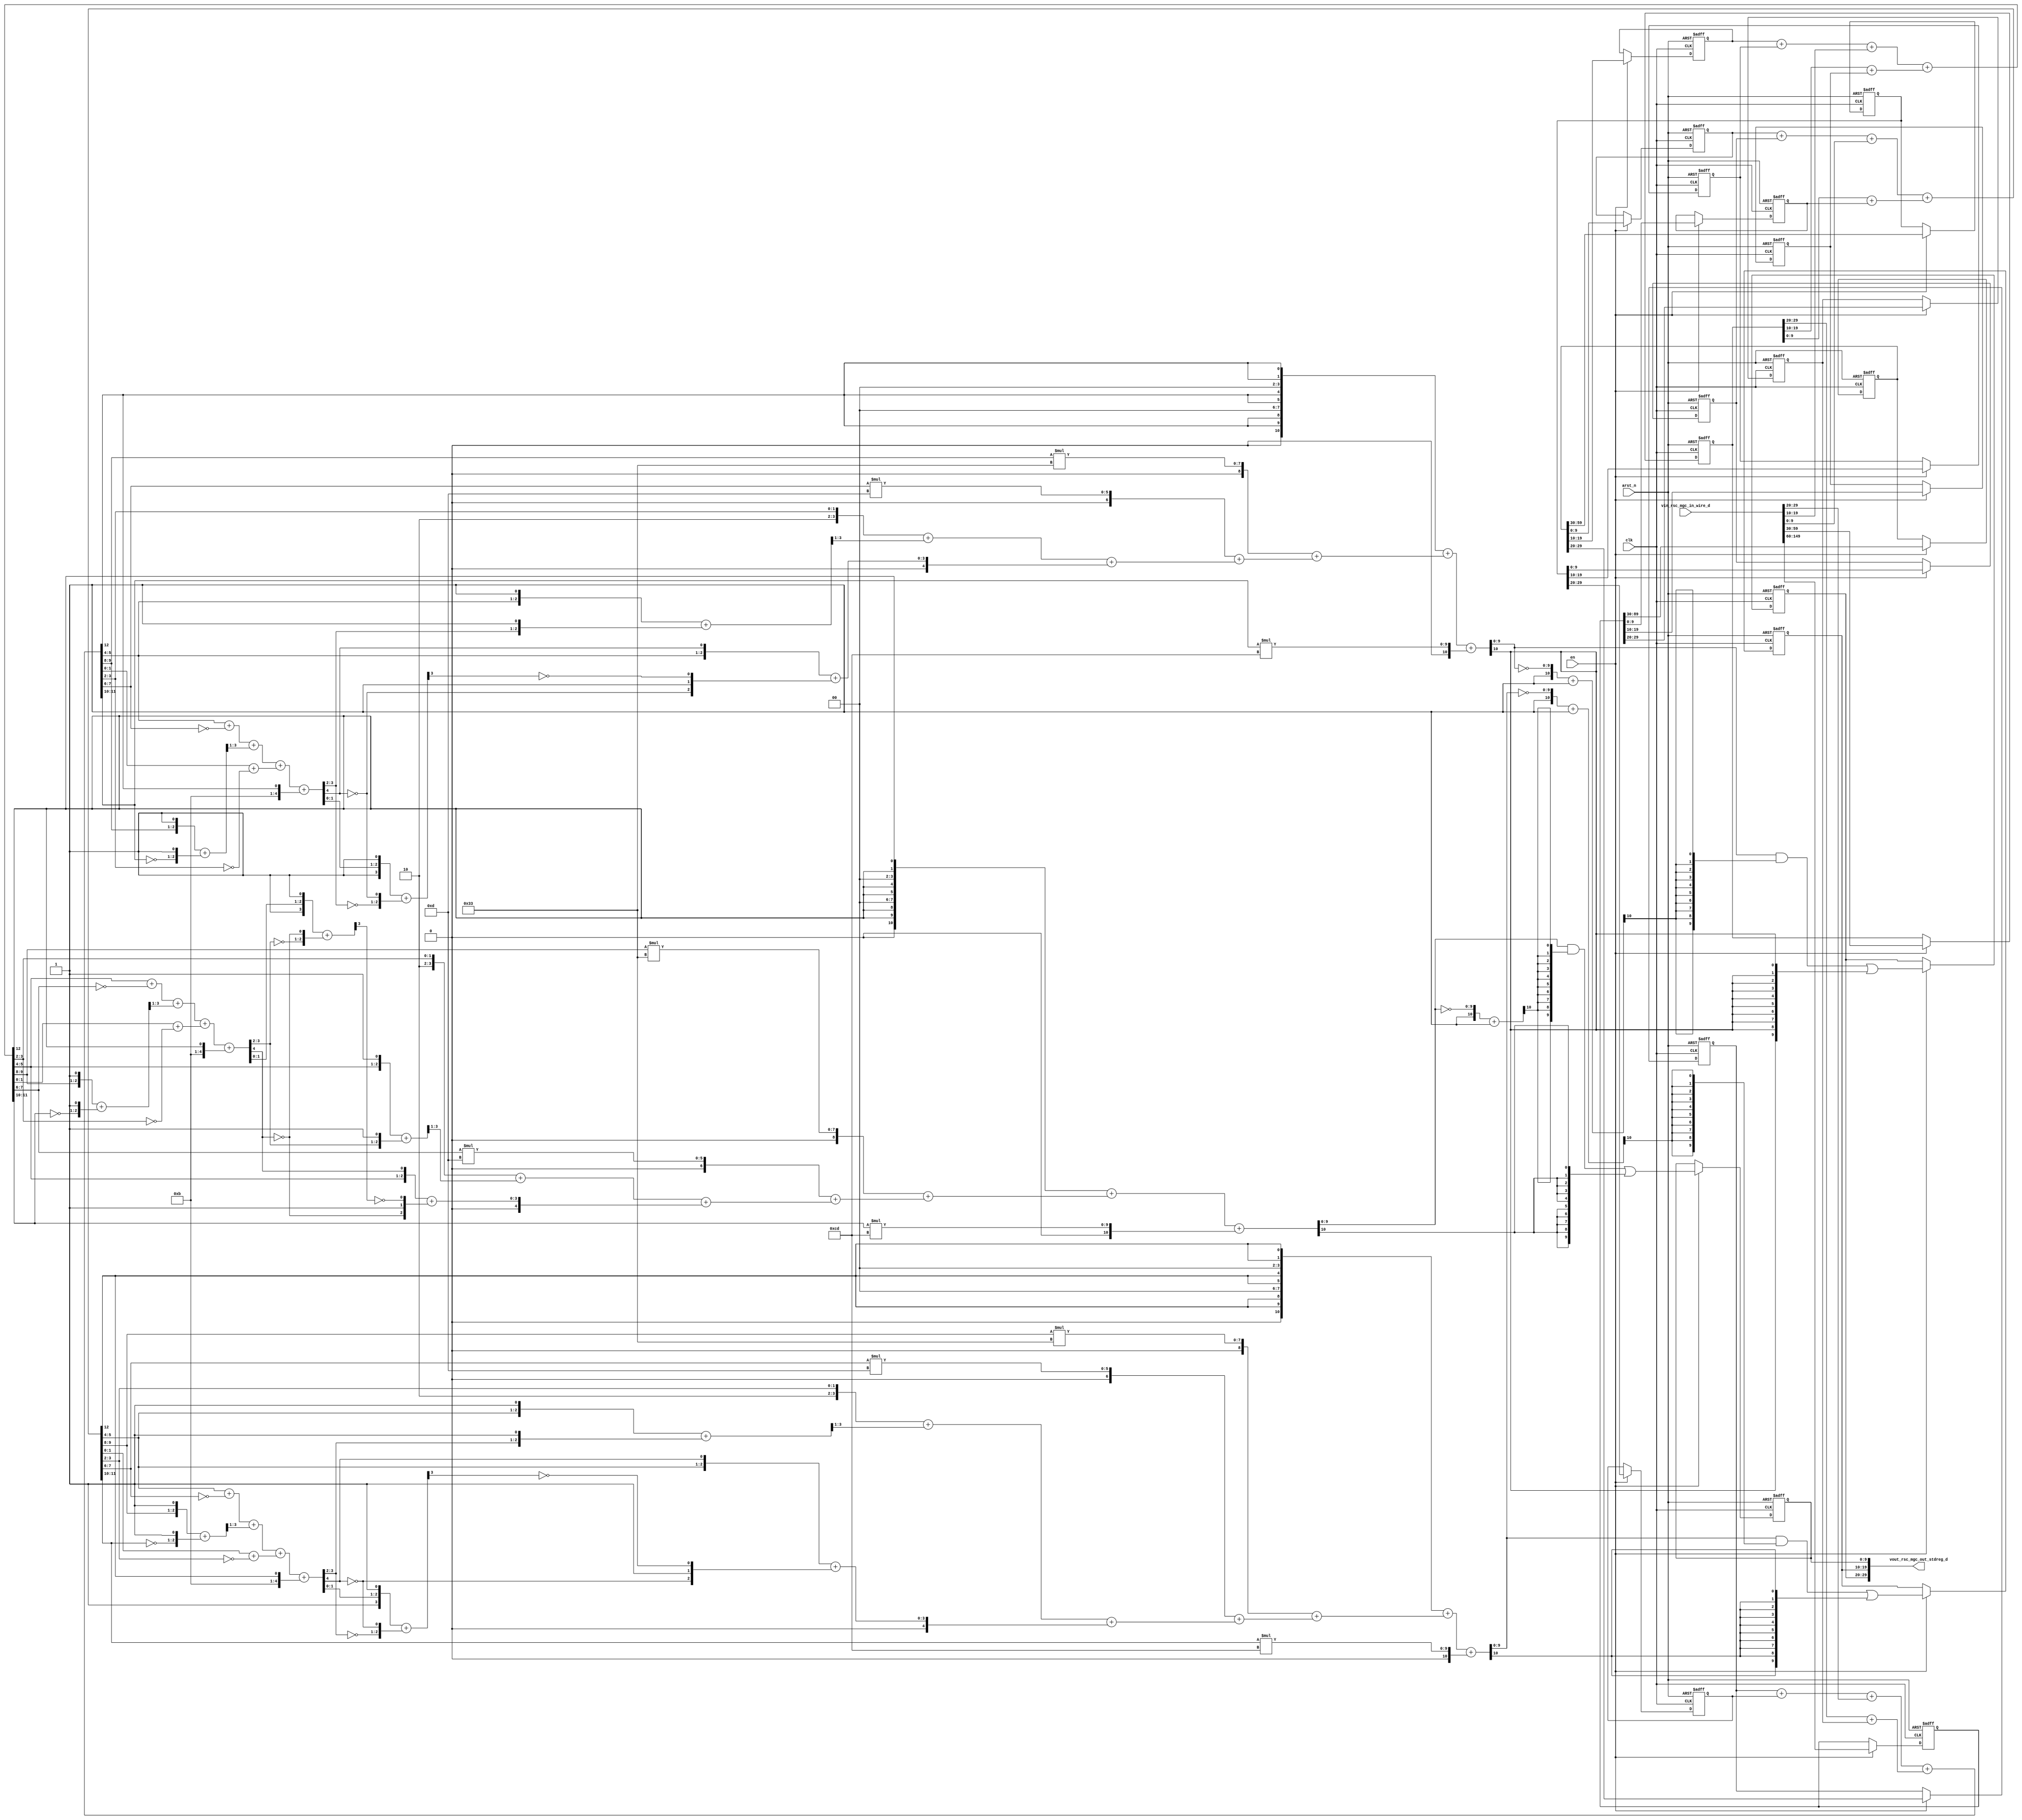
module motion_blur_core (
  clk, en, arst_n, vin_rsc_mgc_in_wire_d, vout_rsc_mgc_out_stdreg_d
);
  input clk;
  input en;
  input arst_n;
  input [149:0] vin_rsc_mgc_in_wire_d;
  output [29:0] vout_rsc_mgc_out_stdreg_d;


  // Interconnect Declarations
  reg [9:0] regs_regs_slc_regs_regs_2_sg1_4_itm;
  reg [9:0] regs_regs_slc_regs_regs_3_sg1_4_itm;
  reg [9:0] regs_regs_slc_regs_regs_1_sg1_4_itm;
  reg [9:0] regs_regs_slc_regs_regs_2_sg1_5_itm;
  reg [9:0] regs_regs_slc_regs_regs_3_sg1_5_itm;
  reg [9:0] regs_regs_slc_regs_regs_1_sg1_5_itm;
  reg [9:0] regs_regs_slc_regs_regs_2_sg1_6_itm;
  reg [9:0] regs_regs_slc_regs_regs_3_sg1_3_itm;
  reg [9:0] regs_regs_slc_regs_regs_1_sg1_6_itm;
  reg [59:0] regs_regs_2_sg1_sva_sg1;
  reg [89:0] regs_regs_1_sg1_sva_sg1;
  reg [29:0] regs_regs_3_sg1_sva_sg1;
  wire [4:0] acc_imod_4_sva;
  wire [6:0] nl_acc_imod_4_sva;
  wire [4:0] acc_imod_2_sva;
  wire [6:0] nl_acc_imod_2_sva;
  wire [4:0] acc_imod_sva;
  wire [6:0] nl_acc_imod_sva;
  wire [12:0] ACC2_5_acc_2_psp_sva;
  wire [13:0] nl_ACC2_5_acc_2_psp_sva;
  wire [12:0] ACC2_5_acc_3_psp_sva;
  wire [13:0] nl_ACC2_5_acc_3_psp_sva;
  wire [12:0] ACC2_5_acc_1_psp_sva;
  wire [13:0] nl_ACC2_5_acc_1_psp_sva;
  reg [9:0] reg_vout_rsc_mgc_out_stdreg_d_tmp;
  reg [9:0] reg_vout_rsc_mgc_out_stdreg_d_tmp_1;
  reg [9:0] reg_vout_rsc_mgc_out_stdreg_d_tmp_2;
  reg [29:0] reg_regs_regs_0_sva_sg1_tmp_90;
  wire [10:0] FRAME_acc_2_psp_2_sva;
  wire [12:0] nl_FRAME_acc_2_psp_2_sva;
  wire [10:0] FRAME_acc_4_psp_2_sva;
  wire [12:0] nl_FRAME_acc_4_psp_2_sva;
  wire [10:0] FRAME_acc_3_psp_2_sva;
  wire [12:0] nl_FRAME_acc_3_psp_2_sva;


  // Interconnect Declarations for Component Instantiations 
  assign vout_rsc_mgc_out_stdreg_d = {reg_vout_rsc_mgc_out_stdreg_d_tmp , reg_vout_rsc_mgc_out_stdreg_d_tmp_1
      , reg_vout_rsc_mgc_out_stdreg_d_tmp_2};
  assign nl_FRAME_acc_2_psp_2_sva = (conv_u2s_10_11(signext_10_9({(ACC2_5_acc_1_psp_sva[12])
      , 2'b0 , (signext_2_1(ACC2_5_acc_1_psp_sva[12])) , 2'b0 , (signext_2_1(ACC2_5_acc_1_psp_sva[12]))}))
      + conv_s2s_9_11(conv_u2s_8_10(conv_u2s_16_9(conv_u2u_2_8(ACC2_5_acc_1_psp_sva[9:8])
      * 8'b110011)) + conv_s2s_7_9(conv_u2s_6_8(conv_u2s_12_7(conv_u2u_2_6(ACC2_5_acc_1_psp_sva[7:6])
      * 6'b1101)) + conv_s2s_5_7(conv_s2s_4_5(({2'b10 , (ACC2_5_acc_1_psp_sva[3:2])})
      + conv_u2s_3_4(readslicef_4_3_1((conv_u2u_3_4({(ACC2_5_acc_1_psp_sva[5:4])
      , 1'b1}) + conv_u2u_3_4({(acc_imod_sva[3:2]) , 1'b1}))))) + conv_u2s_4_5(conv_u2u_3_4({(ACC2_5_acc_1_psp_sva[5:4])
      , (acc_imod_sva[4])}) + conv_u2u_3_4({(~ (acc_imod_sva[4])) , 1'b1 , (~ (readslicef_4_1_3((({1'b1
      , (acc_imod_sva[1:0]) , 1'b1}) + conv_u2s_3_4({(~ (acc_imod_sva[3:2])) , (~
      (acc_imod_sva[4]))})))))})))))) + conv_u2s_10_12(conv_u2s_20_11(conv_u2u_2_10(ACC2_5_acc_1_psp_sva[11:10])
      * 10'b11001101));
  assign FRAME_acc_2_psp_2_sva = nl_FRAME_acc_2_psp_2_sva[10:0];
  assign nl_FRAME_acc_4_psp_2_sva = (conv_u2s_10_11(signext_10_9({(ACC2_5_acc_2_psp_sva[12])
      , 2'b0 , (signext_2_1(ACC2_5_acc_2_psp_sva[12])) , 2'b0 , (signext_2_1(ACC2_5_acc_2_psp_sva[12]))}))
      + conv_s2s_9_11(conv_u2s_8_10(conv_u2s_16_9(conv_u2u_2_8(ACC2_5_acc_2_psp_sva[9:8])
      * 8'b110011)) + conv_s2s_7_9(conv_u2s_6_8(conv_u2s_12_7(conv_u2u_2_6(ACC2_5_acc_2_psp_sva[7:6])
      * 6'b1101)) + conv_s2s_5_7(conv_s2s_4_5(({2'b10 , (ACC2_5_acc_2_psp_sva[3:2])})
      + conv_u2s_3_4(readslicef_4_3_1((conv_u2u_3_4({(ACC2_5_acc_2_psp_sva[5:4])
      , 1'b1}) + conv_u2u_3_4({(acc_imod_4_sva[3:2]) , 1'b1}))))) + conv_u2s_4_5(conv_u2u_3_4({(ACC2_5_acc_2_psp_sva[5:4])
      , (acc_imod_4_sva[4])}) + conv_u2u_3_4({(~ (acc_imod_4_sva[4])) , 1'b1 , (~
      (readslicef_4_1_3((({1'b1 , (acc_imod_4_sva[1:0]) , 1'b1}) + conv_u2s_3_4({(~
      (acc_imod_4_sva[3:2])) , (~ (acc_imod_4_sva[4]))})))))})))))) + conv_u2s_10_12(conv_u2s_20_11(conv_u2u_2_10(ACC2_5_acc_2_psp_sva[11:10])
      * 10'b11001101));
  assign FRAME_acc_4_psp_2_sva = nl_FRAME_acc_4_psp_2_sva[10:0];
  assign nl_FRAME_acc_3_psp_2_sva = (conv_u2s_10_11(signext_10_9({(ACC2_5_acc_3_psp_sva[12])
      , 2'b0 , (signext_2_1(ACC2_5_acc_3_psp_sva[12])) , 2'b0 , (signext_2_1(ACC2_5_acc_3_psp_sva[12]))}))
      + conv_s2s_9_11(conv_u2s_8_10(conv_u2s_16_9(conv_u2u_2_8(ACC2_5_acc_3_psp_sva[9:8])
      * 8'b110011)) + conv_s2s_7_9(conv_u2s_6_8(conv_u2s_12_7(conv_u2u_2_6(ACC2_5_acc_3_psp_sva[7:6])
      * 6'b1101)) + conv_s2s_5_7(conv_s2s_4_5(({2'b10 , (ACC2_5_acc_3_psp_sva[3:2])})
      + conv_u2s_3_4(readslicef_4_3_1((conv_u2u_3_4({(ACC2_5_acc_3_psp_sva[5:4])
      , 1'b1}) + conv_u2u_3_4({(acc_imod_2_sva[3:2]) , 1'b1}))))) + conv_u2s_4_5(conv_u2u_3_4({(ACC2_5_acc_3_psp_sva[5:4])
      , (acc_imod_2_sva[4])}) + conv_u2u_3_4({(~ (acc_imod_2_sva[4])) , 1'b1 , (~
      (readslicef_4_1_3((({1'b1 , (acc_imod_2_sva[1:0]) , 1'b1}) + conv_u2s_3_4({(~
      (acc_imod_2_sva[3:2])) , (~ (acc_imod_2_sva[4]))})))))})))))) + conv_u2s_10_12(conv_u2s_20_11(conv_u2u_2_10(ACC2_5_acc_3_psp_sva[11:10])
      * 10'b11001101));
  assign FRAME_acc_3_psp_2_sva = nl_FRAME_acc_3_psp_2_sva[10:0];
  assign nl_ACC2_5_acc_2_psp_sva = conv_u2u_12_13(conv_u2u_11_12(conv_u2u_10_11(regs_regs_slc_regs_regs_2_sg1_5_itm)
      + conv_u2u_10_11(regs_regs_slc_regs_regs_3_sg1_5_itm)) + conv_u2u_10_12(vin_rsc_mgc_in_wire_d[19:10]))
      + conv_u2u_11_13(conv_u2u_10_11(reg_regs_regs_0_sva_sg1_tmp_90[19:10]) + conv_u2u_10_11(regs_regs_slc_regs_regs_1_sg1_5_itm));
  assign ACC2_5_acc_2_psp_sva = nl_ACC2_5_acc_2_psp_sva[12:0];
  assign nl_acc_imod_4_sva = (conv_u2u_4_5(conv_u2u_3_4(conv_u2u_2_3(ACC2_5_acc_2_psp_sva[5:4])
      + conv_u2u_2_3(~ (ACC2_5_acc_2_psp_sva[7:6]))) + conv_u2u_3_4(readslicef_4_3_1((conv_u2u_3_4({(ACC2_5_acc_2_psp_sva[9:8])
      , 1'b1}) + conv_u2u_3_4({(~ (ACC2_5_acc_2_psp_sva[11:10])) , 1'b1}))))) + conv_u2u_3_5(conv_u2u_2_3(ACC2_5_acc_2_psp_sva[1:0])
      + conv_u2u_2_3(~ (ACC2_5_acc_2_psp_sva[3:2])))) + ({4'b1011 , (ACC2_5_acc_2_psp_sva[12])});
  assign acc_imod_4_sva = nl_acc_imod_4_sva[4:0];
  assign nl_ACC2_5_acc_3_psp_sva = conv_u2u_12_13(conv_u2u_11_12(conv_u2u_10_11(regs_regs_slc_regs_regs_2_sg1_6_itm)
      + conv_u2u_10_11(regs_regs_slc_regs_regs_3_sg1_3_itm)) + conv_u2u_10_12(vin_rsc_mgc_in_wire_d[9:0]))
      + conv_u2u_11_13(conv_u2u_10_11(reg_regs_regs_0_sva_sg1_tmp_90[9:0]) + conv_u2u_10_11(regs_regs_slc_regs_regs_1_sg1_6_itm));
  assign ACC2_5_acc_3_psp_sva = nl_ACC2_5_acc_3_psp_sva[12:0];
  assign nl_acc_imod_2_sva = (conv_u2u_4_5(conv_u2u_3_4(conv_u2u_2_3(ACC2_5_acc_3_psp_sva[5:4])
      + conv_u2u_2_3(~ (ACC2_5_acc_3_psp_sva[7:6]))) + conv_u2u_3_4(readslicef_4_3_1((conv_u2u_3_4({(ACC2_5_acc_3_psp_sva[9:8])
      , 1'b1}) + conv_u2u_3_4({(~ (ACC2_5_acc_3_psp_sva[11:10])) , 1'b1}))))) + conv_u2u_3_5(conv_u2u_2_3(ACC2_5_acc_3_psp_sva[1:0])
      + conv_u2u_2_3(~ (ACC2_5_acc_3_psp_sva[3:2])))) + ({4'b1011 , (ACC2_5_acc_3_psp_sva[12])});
  assign acc_imod_2_sva = nl_acc_imod_2_sva[4:0];
  assign nl_ACC2_5_acc_1_psp_sva = conv_u2u_12_13(conv_u2u_11_12(conv_u2u_10_11(regs_regs_slc_regs_regs_2_sg1_4_itm)
      + conv_u2u_10_11(regs_regs_slc_regs_regs_3_sg1_4_itm)) + conv_u2u_10_12(vin_rsc_mgc_in_wire_d[29:20]))
      + conv_u2u_11_13(conv_u2u_10_11(reg_regs_regs_0_sva_sg1_tmp_90[29:20]) + conv_u2u_10_11(regs_regs_slc_regs_regs_1_sg1_4_itm));
  assign ACC2_5_acc_1_psp_sva = nl_ACC2_5_acc_1_psp_sva[12:0];
  assign nl_acc_imod_sva = (conv_u2u_4_5(conv_u2u_3_4(conv_u2u_2_3(ACC2_5_acc_1_psp_sva[5:4])
      + conv_u2u_2_3(~ (ACC2_5_acc_1_psp_sva[7:6]))) + conv_u2u_3_4(readslicef_4_3_1((conv_u2u_3_4({(ACC2_5_acc_1_psp_sva[9:8])
      , 1'b1}) + conv_u2u_3_4({(~ (ACC2_5_acc_1_psp_sva[11:10])) , 1'b1}))))) + conv_u2u_3_5(conv_u2u_2_3(ACC2_5_acc_1_psp_sva[1:0])
      + conv_u2u_2_3(~ (ACC2_5_acc_1_psp_sva[3:2])))) + ({4'b1011 , (ACC2_5_acc_1_psp_sva[12])});
  assign acc_imod_sva = nl_acc_imod_sva[4:0];
  always @(posedge clk or negedge arst_n) begin
    if ( ~ arst_n ) begin
      regs_regs_slc_regs_regs_2_sg1_6_itm <= 10'b0;
      regs_regs_slc_regs_regs_3_sg1_3_itm <= 10'b0;
      regs_regs_slc_regs_regs_1_sg1_6_itm <= 10'b0;
      regs_regs_slc_regs_regs_2_sg1_5_itm <= 10'b0;
      regs_regs_slc_regs_regs_3_sg1_5_itm <= 10'b0;
      regs_regs_slc_regs_regs_1_sg1_5_itm <= 10'b0;
      regs_regs_slc_regs_regs_2_sg1_4_itm <= 10'b0;
      regs_regs_slc_regs_regs_3_sg1_4_itm <= 10'b0;
      regs_regs_slc_regs_regs_1_sg1_4_itm <= 10'b0;
      regs_regs_1_sg1_sva_sg1 <= 90'b0;
      regs_regs_3_sg1_sva_sg1 <= 30'b0;
      regs_regs_2_sg1_sva_sg1 <= 60'b0;
      reg_vout_rsc_mgc_out_stdreg_d_tmp <= 10'b0;
      reg_vout_rsc_mgc_out_stdreg_d_tmp_1 <= 10'b0;
      reg_vout_rsc_mgc_out_stdreg_d_tmp_2 <= 10'b0;
      reg_regs_regs_0_sva_sg1_tmp_90 <= 30'b0;
    end
    else begin
      if ( en ) begin
        regs_regs_slc_regs_regs_2_sg1_6_itm <= regs_regs_2_sg1_sva_sg1[9:0];
        regs_regs_slc_regs_regs_3_sg1_3_itm <= regs_regs_3_sg1_sva_sg1[9:0];
        regs_regs_slc_regs_regs_1_sg1_6_itm <= regs_regs_1_sg1_sva_sg1[9:0];
        regs_regs_slc_regs_regs_2_sg1_5_itm <= regs_regs_2_sg1_sva_sg1[19:10];
        regs_regs_slc_regs_regs_3_sg1_5_itm <= regs_regs_3_sg1_sva_sg1[19:10];
        regs_regs_slc_regs_regs_1_sg1_5_itm <= regs_regs_1_sg1_sva_sg1[19:10];
        regs_regs_slc_regs_regs_2_sg1_4_itm <= regs_regs_2_sg1_sva_sg1[29:20];
        regs_regs_slc_regs_regs_3_sg1_4_itm <= regs_regs_3_sg1_sva_sg1[29:20];
        regs_regs_slc_regs_regs_1_sg1_4_itm <= regs_regs_1_sg1_sva_sg1[29:20];
        regs_regs_1_sg1_sva_sg1 <= vin_rsc_mgc_in_wire_d[149:60];
        regs_regs_3_sg1_sva_sg1 <= regs_regs_2_sg1_sva_sg1[59:30];
        regs_regs_2_sg1_sva_sg1 <= regs_regs_1_sg1_sva_sg1[89:30];
        reg_vout_rsc_mgc_out_stdreg_d_tmp <= ((FRAME_acc_2_psp_2_sva[9:0]) & (signext_10_1(readslicef_11_1_10((({1'b1
            , (~ (FRAME_acc_2_psp_2_sva[9:0]))}) + 11'b1))))) | (signext_10_1(FRAME_acc_2_psp_2_sva[10]));
        reg_vout_rsc_mgc_out_stdreg_d_tmp_1 <= ((FRAME_acc_3_psp_2_sva[9:0]) & (signext_10_1(readslicef_11_1_10((({1'b1
            , (~ (FRAME_acc_3_psp_2_sva[9:0]))}) + 11'b1))))) | (signext_10_1(FRAME_acc_3_psp_2_sva[10]));
        reg_vout_rsc_mgc_out_stdreg_d_tmp_2 <= ((FRAME_acc_4_psp_2_sva[9:0]) & (signext_10_1(readslicef_11_1_10((({1'b1
            , (~ (FRAME_acc_4_psp_2_sva[9:0]))}) + 11'b1))))) | (signext_10_1(FRAME_acc_4_psp_2_sva[10]));
        reg_regs_regs_0_sva_sg1_tmp_90 <= vin_rsc_mgc_in_wire_d[59:30];
      end
    end
  end

  function [1:0] signext_2_1;
    input [0:0] vector;
  begin
    signext_2_1= {{1{vector[0]}}, vector};
  end
  endfunction


  function [9:0] signext_10_9;
    input [8:0] vector;
  begin
    signext_10_9= {{1{vector[8]}}, vector};
  end
  endfunction


  function [2:0] readslicef_4_3_1;
    input [3:0] vector;
    reg [3:0] tmp;
  begin
    tmp = vector >> 1;
    readslicef_4_3_1 = tmp[2:0];
  end
  endfunction


  function [0:0] readslicef_4_1_3;
    input [3:0] vector;
    reg [3:0] tmp;
  begin
    tmp = vector >> 3;
    readslicef_4_1_3 = tmp[0:0];
  end
  endfunction


  function [0:0] readslicef_11_1_10;
    input [10:0] vector;
    reg [10:0] tmp;
  begin
    tmp = vector >> 10;
    readslicef_11_1_10 = tmp[0:0];
  end
  endfunction


  function [9:0] signext_10_1;
    input [0:0] vector;
  begin
    signext_10_1= {{9{vector[0]}}, vector};
  end
  endfunction


  function signed [10:0] conv_u2s_10_11 ;
    input [9:0]  vector ;
  begin
    conv_u2s_10_11 = {1'b0, vector};
  end
  endfunction


  function signed [10:0] conv_s2s_9_11 ;
    input signed [8:0]  vector ;
  begin
    conv_s2s_9_11 = {{2{vector[8]}}, vector};
  end
  endfunction


  function signed [9:0] conv_u2s_8_10 ;
    input [7:0]  vector ;
  begin
    conv_u2s_8_10 = {{2{1'b0}}, vector};
  end
  endfunction


  function signed [8:0] conv_u2s_16_9 ;
    input [15:0]  vector ;
  begin
    conv_u2s_16_9 = vector[8:0];
  end
  endfunction


  function  [7:0] conv_u2u_2_8 ;
    input [1:0]  vector ;
  begin
    conv_u2u_2_8 = {{6{1'b0}}, vector};
  end
  endfunction


  function signed [8:0] conv_s2s_7_9 ;
    input signed [6:0]  vector ;
  begin
    conv_s2s_7_9 = {{2{vector[6]}}, vector};
  end
  endfunction


  function signed [7:0] conv_u2s_6_8 ;
    input [5:0]  vector ;
  begin
    conv_u2s_6_8 = {{2{1'b0}}, vector};
  end
  endfunction


  function signed [6:0] conv_u2s_12_7 ;
    input [11:0]  vector ;
  begin
    conv_u2s_12_7 = vector[6:0];
  end
  endfunction


  function  [5:0] conv_u2u_2_6 ;
    input [1:0]  vector ;
  begin
    conv_u2u_2_6 = {{4{1'b0}}, vector};
  end
  endfunction


  function signed [6:0] conv_s2s_5_7 ;
    input signed [4:0]  vector ;
  begin
    conv_s2s_5_7 = {{2{vector[4]}}, vector};
  end
  endfunction


  function signed [4:0] conv_s2s_4_5 ;
    input signed [3:0]  vector ;
  begin
    conv_s2s_4_5 = {vector[3], vector};
  end
  endfunction


  function signed [3:0] conv_u2s_3_4 ;
    input [2:0]  vector ;
  begin
    conv_u2s_3_4 = {1'b0, vector};
  end
  endfunction


  function  [3:0] conv_u2u_3_4 ;
    input [2:0]  vector ;
  begin
    conv_u2u_3_4 = {1'b0, vector};
  end
  endfunction


  function signed [4:0] conv_u2s_4_5 ;
    input [3:0]  vector ;
  begin
    conv_u2s_4_5 = {1'b0, vector};
  end
  endfunction


  function signed [11:0] conv_u2s_10_12 ;
    input [9:0]  vector ;
  begin
    conv_u2s_10_12 = {{2{1'b0}}, vector};
  end
  endfunction


  function signed [10:0] conv_u2s_20_11 ;
    input [19:0]  vector ;
  begin
    conv_u2s_20_11 = vector[10:0];
  end
  endfunction


  function  [9:0] conv_u2u_2_10 ;
    input [1:0]  vector ;
  begin
    conv_u2u_2_10 = {{8{1'b0}}, vector};
  end
  endfunction


  function  [12:0] conv_u2u_12_13 ;
    input [11:0]  vector ;
  begin
    conv_u2u_12_13 = {1'b0, vector};
  end
  endfunction


  function  [11:0] conv_u2u_11_12 ;
    input [10:0]  vector ;
  begin
    conv_u2u_11_12 = {1'b0, vector};
  end
  endfunction


  function  [10:0] conv_u2u_10_11 ;
    input [9:0]  vector ;
  begin
    conv_u2u_10_11 = {1'b0, vector};
  end
  endfunction


  function  [11:0] conv_u2u_10_12 ;
    input [9:0]  vector ;
  begin
    conv_u2u_10_12 = {{2{1'b0}}, vector};
  end
  endfunction


  function  [12:0] conv_u2u_11_13 ;
    input [10:0]  vector ;
  begin
    conv_u2u_11_13 = {{2{1'b0}}, vector};
  end
  endfunction


  function  [4:0] conv_u2u_4_5 ;
    input [3:0]  vector ;
  begin
    conv_u2u_4_5 = {1'b0, vector};
  end
  endfunction


  function  [2:0] conv_u2u_2_3 ;
    input [1:0]  vector ;
  begin
    conv_u2u_2_3 = {1'b0, vector};
  end
  endfunction


  function  [4:0] conv_u2u_3_5 ;
    input [2:0]  vector ;
  begin
    conv_u2u_3_5 = {{2{1'b0}}, vector};
  end
  endfunction

endmodule
module motion_blur (
  vin_rsc_z, vout_rsc_z, clk, en, arst_n
);
  input [149:0] vin_rsc_z;
  output [29:0] vout_rsc_z;
  input clk;
  input en;
  input arst_n;


  // Interconnect Declarations
  wire [149:0] vin_rsc_mgc_in_wire_d;
  wire [29:0] vout_rsc_mgc_out_stdreg_d;


  // Interconnect Declarations for Component Instantiations 
  mgc_in_wire #(.rscid(1),
  .width(150)) vin_rsc_mgc_in_wire (
      .d(vin_rsc_mgc_in_wire_d),
      .z(vin_rsc_z)
    );
  mgc_out_stdreg #(.rscid(2),
  .width(30)) vout_rsc_mgc_out_stdreg (
      .d(vout_rsc_mgc_out_stdreg_d),
      .z(vout_rsc_z)
    );
  motion_blur_core motion_blur_core_inst (
      .clk(clk),
      .en(en),
      .arst_n(arst_n),
      .vin_rsc_mgc_in_wire_d(vin_rsc_mgc_in_wire_d),
      .vout_rsc_mgc_out_stdreg_d(vout_rsc_mgc_out_stdreg_d)
    );
endmodule